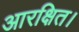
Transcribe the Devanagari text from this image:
आरक्षित।